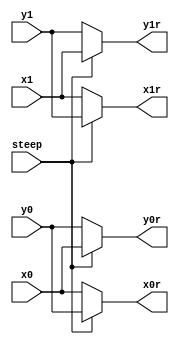
module Swap
#(parameter WIDTH=10)
(steep, x0, y0, x1, y1, x0r, y0r, x1r, y1r);
input [WIDTH-1:0] x0, y0, x1, y1;
input steep;
output reg [WIDTH-1:0] x0r, y0r, x1r, y1r;

always @(*)
begin
	if(steep)
		begin
			y0r = x0;
			x0r = y0;
			x1r = y1;
			y1r = x1;
		end
	else
		begin
			y0r = y0;
			x0r = x0;
			x1r = x1;
			y1r = y1;
		end

end

endmodule